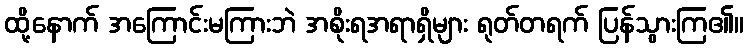
ထို့နောက် အကြောင်းမကြားဘဲ အစိုးရအရာရှိများ ရုတ်တရက် ပြန်သွားကြ၏။